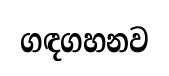
ගඳගහනව